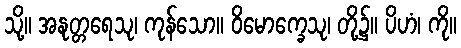
သို့။ အနုတ္တရေသု၊ ကုန်သော။ ဝိမောက္ခေသု၊ တို့၌။ ပိဟံ၊ ကို။